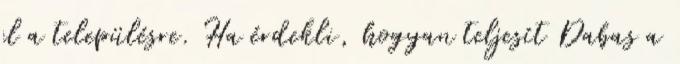
el a településre. Ha érdekli, hogyan teljesít Dabas a